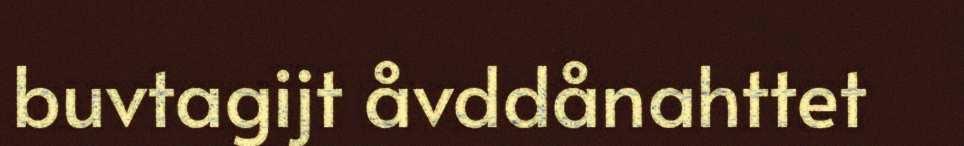
buvtagijt åvddånahttet